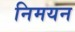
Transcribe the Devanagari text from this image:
निमयन